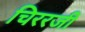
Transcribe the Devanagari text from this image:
चिररजी